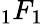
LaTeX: {}_{1}F_{1}